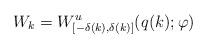
LaTeX: \begin{align*}W_k=W^u_{[-\delta(k),\delta(k)]}(q(k);\varphi)\quad\end{align*}